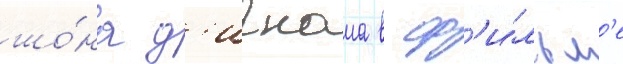
шо́на д'игнама в ф'и́льм'е